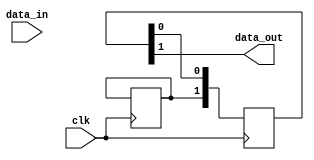
module siso_shift_register (
    input clk,
    input data_in,
    output reg data_out
);

reg [1:0] reg1;
reg [1:0] reg2;

always @(posedge clk) begin
    reg1 <= {reg2[0], reg1[0]};
    reg2 <= {data_in, reg2[0]};
end

assign data_out = reg1[1];

endmodule